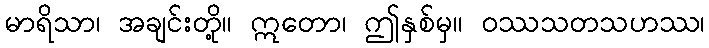
မာရိသာ၊ အချင်းတို့။ ဣတော၊ ဤနှစ်မှ။ ဝဿသတသဟဿ၊